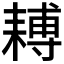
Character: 𦔍